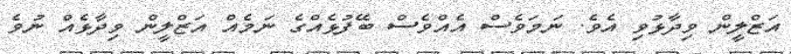
އަޒްލީން ވިދާޅުވި އެވެ. ނަމަވެސް އެއްވެސް ބޭފުޅެއްގެ ނަމެއް އަޒްލީން ވިދާޅެއް ނުވެ